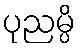
ပုညမ္ပိ